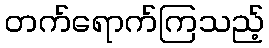
တက်ရောက်ကြသည့်